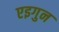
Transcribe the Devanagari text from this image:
एइगुन